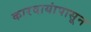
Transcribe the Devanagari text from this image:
कारवायांपासून